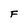
Character: F